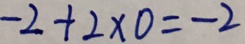
- 2 + 2 \times 0 = - 2